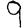
Digit: 9